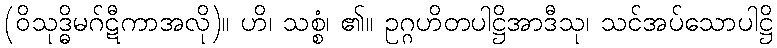
(ဝိသုဒ္ဓိမဂ်ဋီကာအလို)။ ဟိ၊ သစ္စံ၊ ၏။ ဥဂ္ဂဟိတပါဋ္ဌိအာဒီသု၊ သင်အပ်သောပါဋ္ဌိ